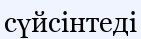
сүйсінтеді